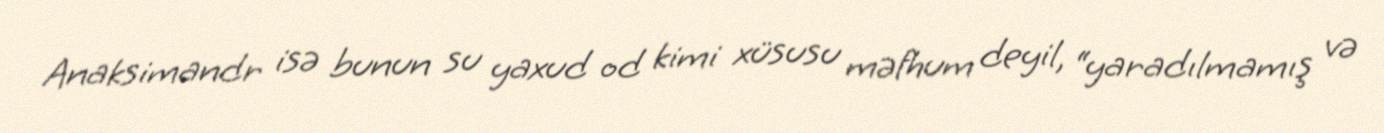
Anaksimandr isə bunun su yaxud od kimi xüsusu məfhum deyil, “yaradılmamış və